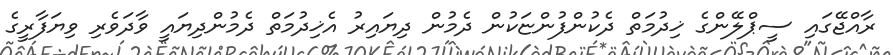
ރާއްޖޭގައި ސީޕްލޭންގެ ޚިދުމަތް ދެކުންފުންޏަކުން ދެމުން ދިޔައިރު އެޚިދުމަތް ދެމުންދިޔައީ ވާދަވެރި ވިޔަފާރީގެ